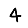
Digit: 4